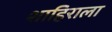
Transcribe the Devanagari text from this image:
शाहिराला